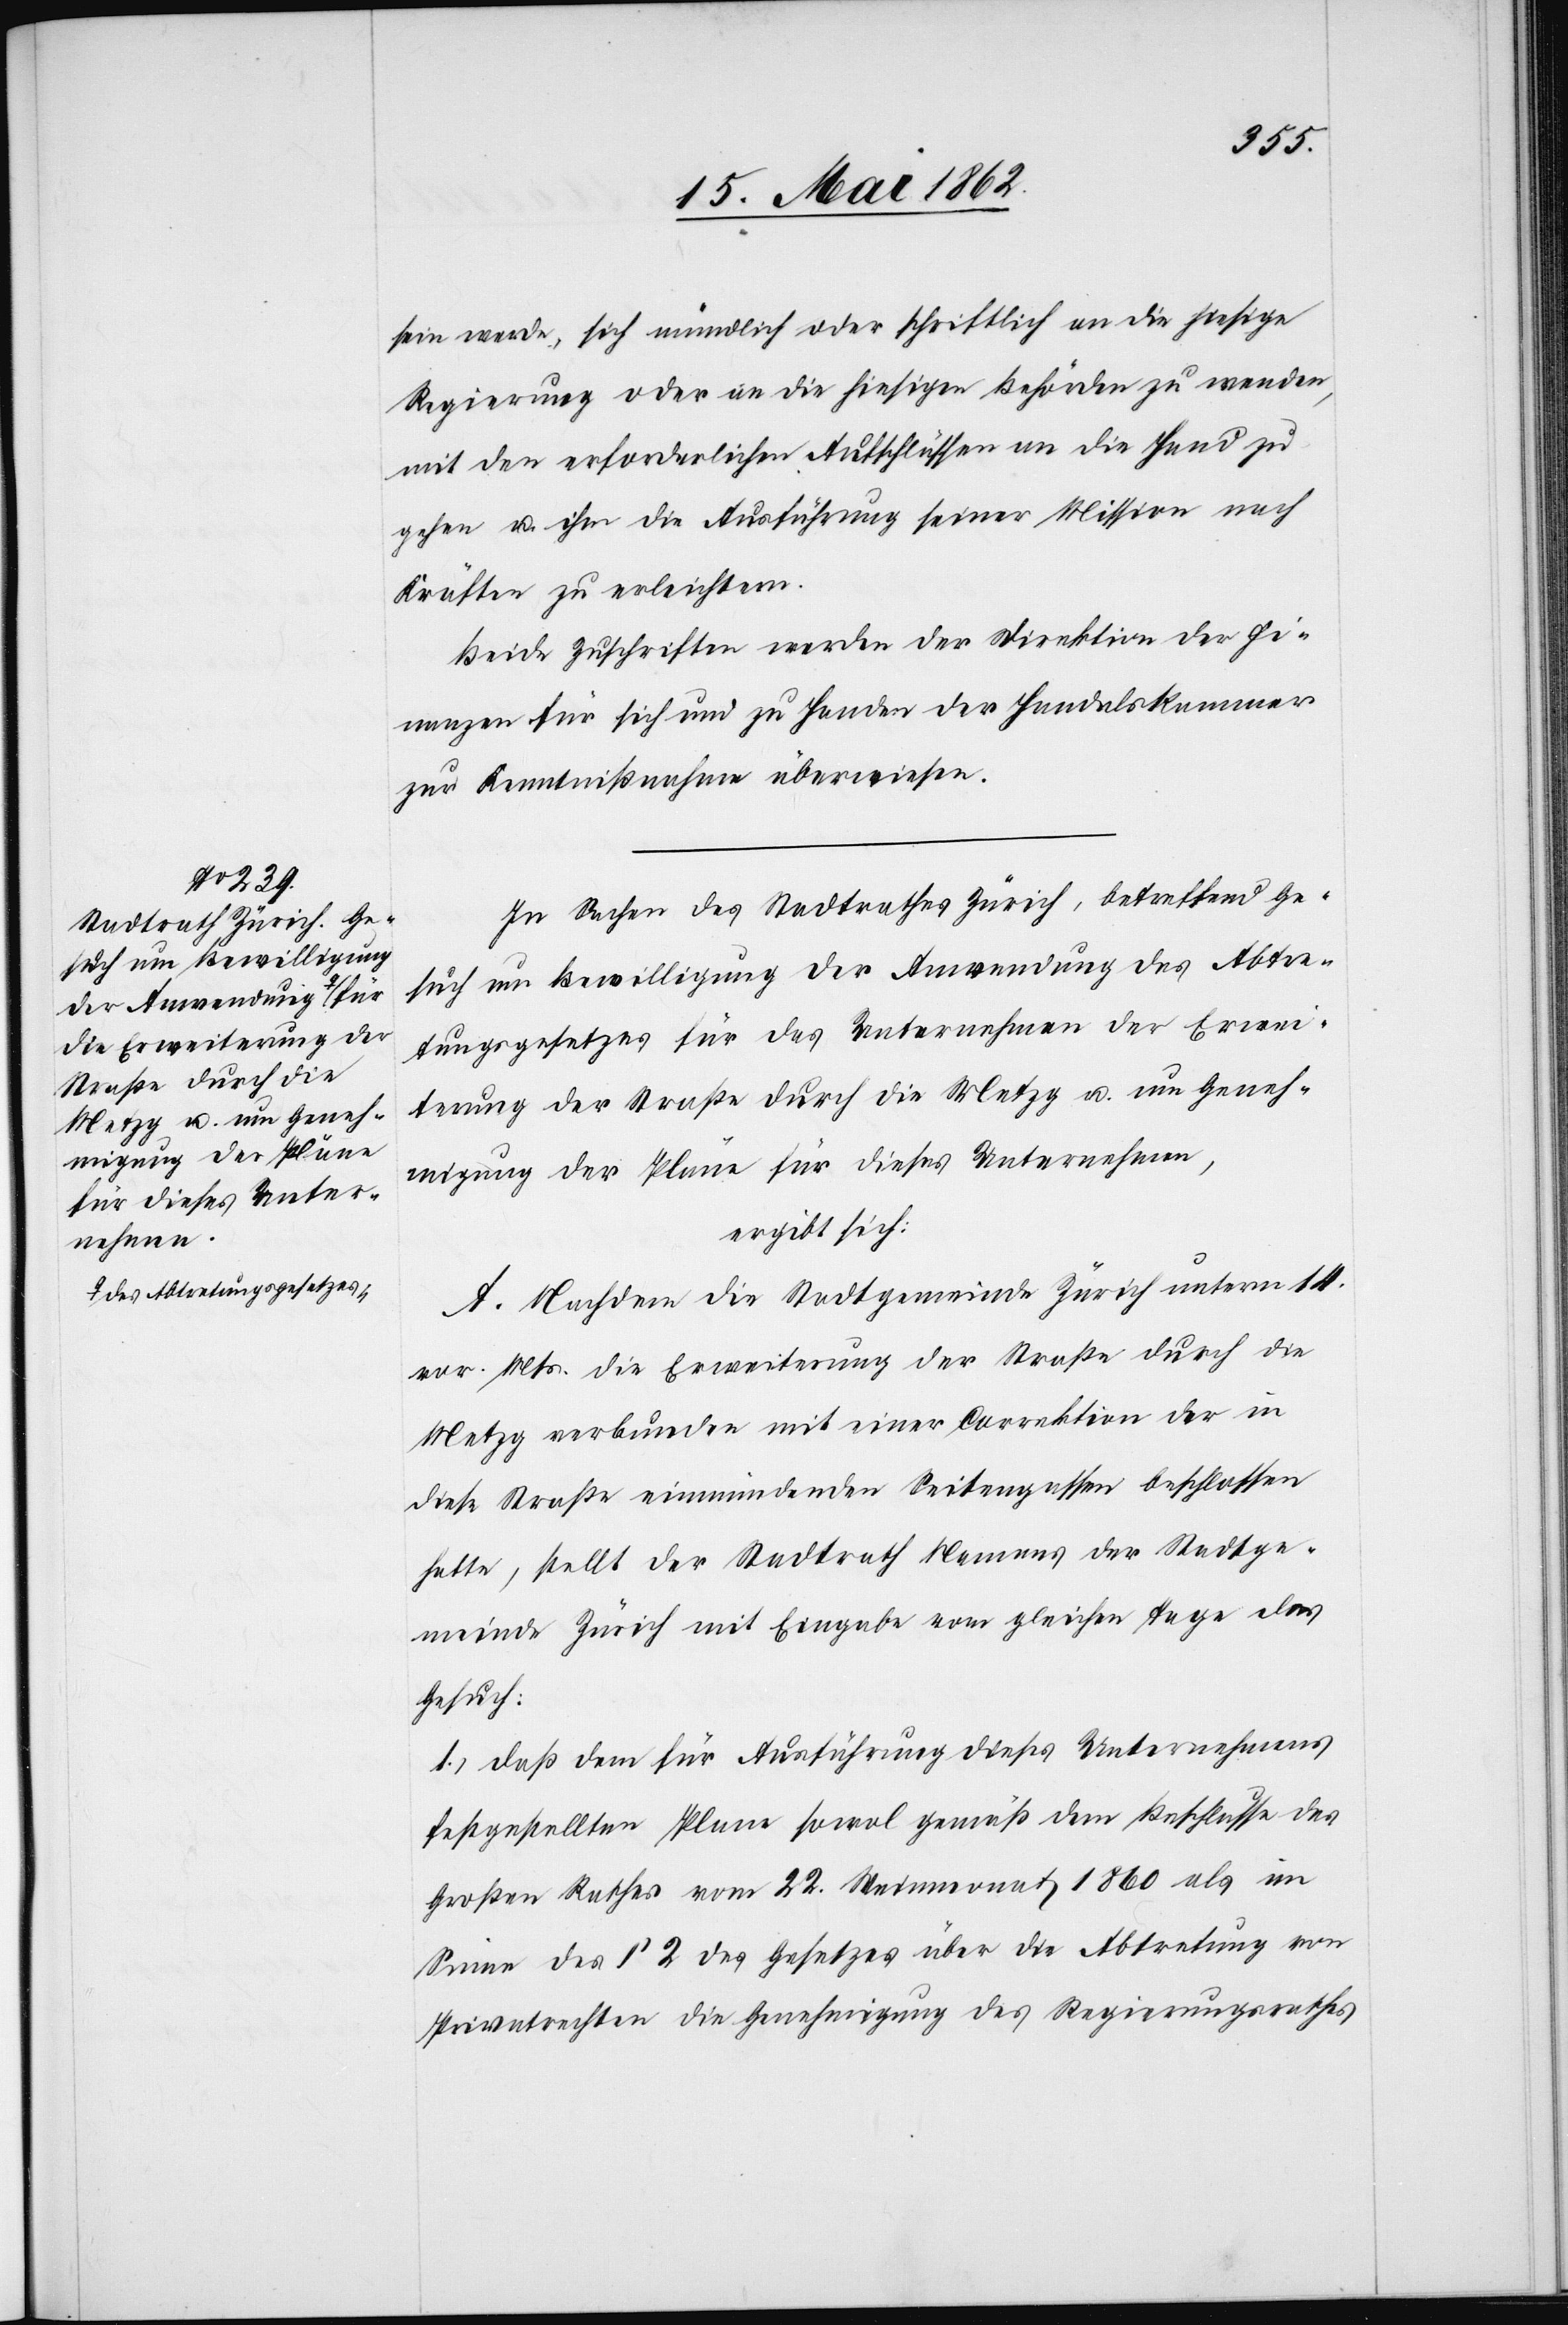
sein werde, sich mündlich oder schriftlich an die hiesige
Regierung oder an die hiesigen Behörden zu wenden,
mit den erforderlichen Aufschlüssen an die Hand zu
gehen u. ihm die Ausführung seiner Mission nach
Kräften zu erleichtern.
Beide Zuschriften werden der Direktion der Fi¬
nanzen für sich und zu Handen der Handelskammer
zur Kenntnißnahme überwiesen.
In Sachen des Stadtrathes Zürich, betreffend Ge¬
such um Bewilligung der Anwendung des Abtre¬
tungsgesetzes für das Unternehmen der Erwei¬
terung der Straße durch die Metzg u. um Geneh¬
migung der Pläne für dieses Unternehmen,
ergibt sich:
A. Nachdem die Stadtgemeinde Zürich unterm 14.
vor. Mts. die Erweiterung der Straße durch die
Metzg verbunden mit einer Correktion der in
diese Straße einmündenden Seitengassen beschlossen
hatte, stellt der Stadtrath Namens der Stadtge¬
meinde Zürich mit Eingabe vom gleichen Tage das
Gesuch:
1) daß dem für Ausführung dieses Unternehmens
festgestellten Plane sowol gemäß dem Beschlusse des
Großen Rathes vom 22. Weinmonat 1860 als im
Sinne des § 2 des Gesetzes über die Abtretung von
Privatrechten die Genehmigung des Regierungsrathes